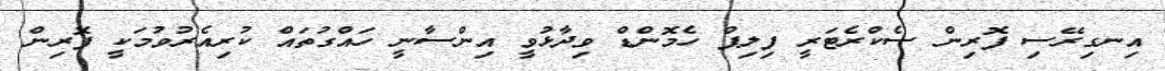
އިިނގިރޭސި ފޮރިން ސެކްރެޓަރީ ފިލިޕް ހެމޮންޑް ވިދާޅުވީ އިންސާނީ ހައްގުތައް ކުރިއެރުވުމަކީ ފޮރިން